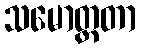
သမောတ္ထတာ